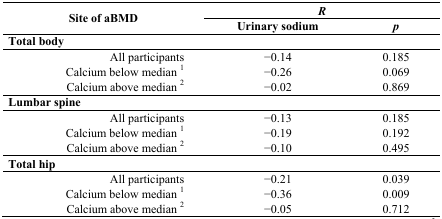
| <ROWSPAN=2> Site of aBMD | <COLSPAN=2> R |
 | Urinary sodium | p |
 | --- | --- | --- |
 | <COLSPAN=3> Total body |
 | All participants | −0.14 | 0.185 |
 | Calcium below median 1 | −0.26 | 0.069 |
 | Calcium above median 2 | −0.02 | 0.869 |
 | <COLSPAN=3> Lumbar spine |
 | All participants | −0.13 | 0.185 |
 | Calcium below median 1 | −0.19 | 0.192 |
 | Calcium above median 2 | −0.10 | 0.495 |
 | <COLSPAN=3> Total hip |
 | All participants | −0.21 | 0.039 |
 | Calcium below median 1 | −0.36 | 0.009 |
 | Calcium above median 2 | −0.05 | 0.712 |